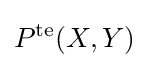
P^{\text{te}}(X,Y)